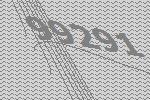
99291